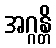
အဂ္ဂန္တိ